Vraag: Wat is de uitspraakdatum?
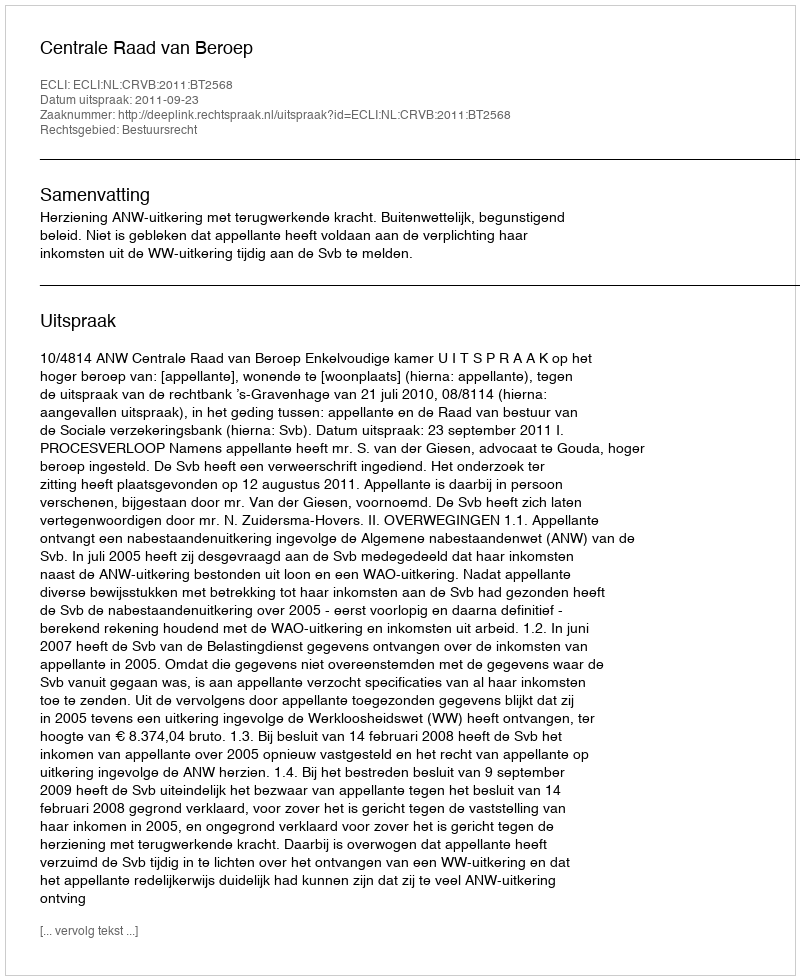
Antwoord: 2011-09-23